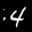
Label: 4